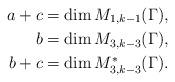
LaTeX: \begin{align*} a+c&=\dim M_{1,k-1}(\Gamma),\\ b&=\dim M_{3,k-3}(\Gamma),\\ b+c&=\dim M^*_{3,k-3}(\Gamma).\end{align*}